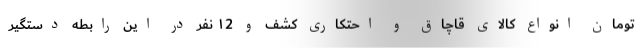
تومان انواع کالای قاچاق و احتکاری کشف و ۱2 نفر در این رابطه دستگیر